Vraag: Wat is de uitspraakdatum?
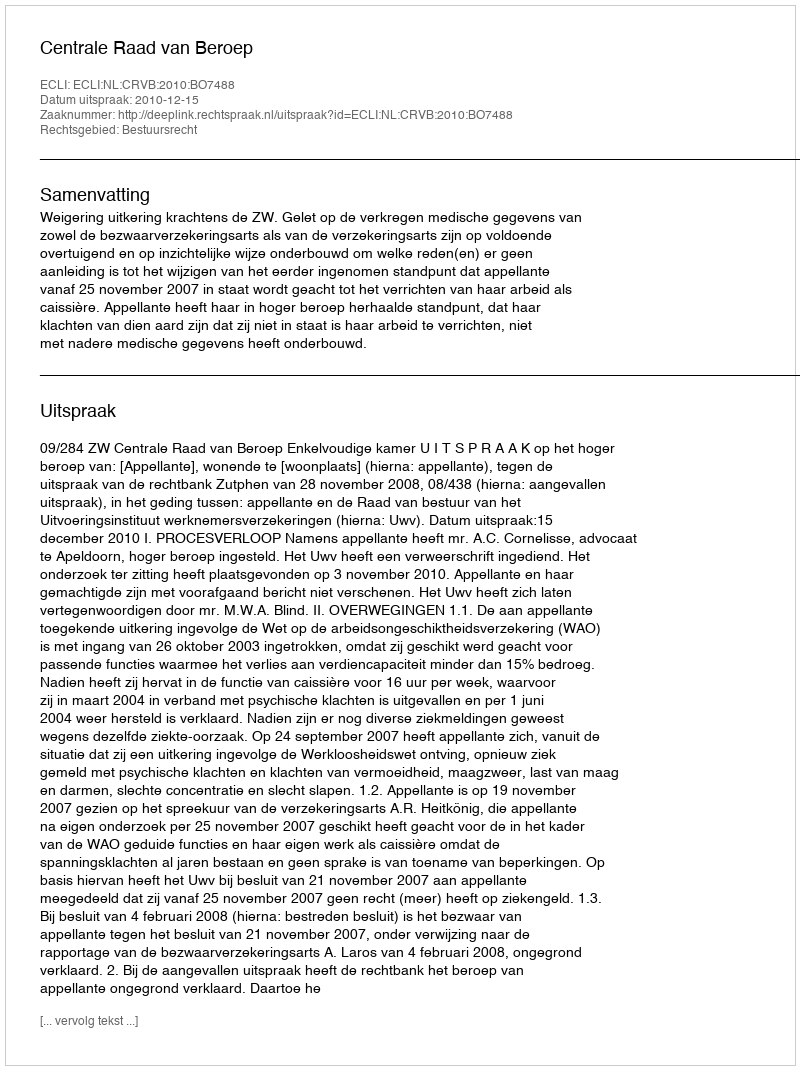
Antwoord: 2010-12-15